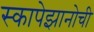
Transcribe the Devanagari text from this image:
स्कापेझानोची